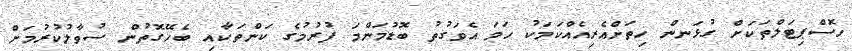
ހޮސްޕިޓަލްތަކަށް ގުޅަނން ހިތަށްއެރިއެއްކަމަކު ހަމަ އެވަގުތު ބޮޑުމަންމަ ފުރުމުގެ ކަންތަކާއި ބެހޭގޮތުން ސުވާލުކުރުމަށް